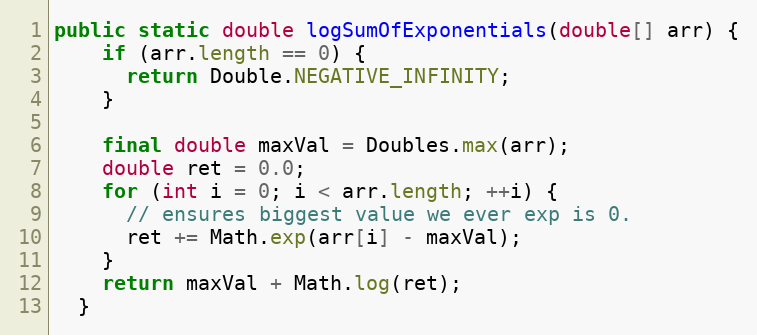
Language: Java
public static double logSumOfExponentials(double[] arr) {
    if (arr.length == 0) {
      return Double.NEGATIVE_INFINITY;
    }

    final double maxVal = Doubles.max(arr);
    double ret = 0.0;
    for (int i = 0; i < arr.length; ++i) {
      // ensures biggest value we ever exp is 0.
      ret += Math.exp(arr[i] - maxVal);
    }
    return maxVal + Math.log(ret);
  }